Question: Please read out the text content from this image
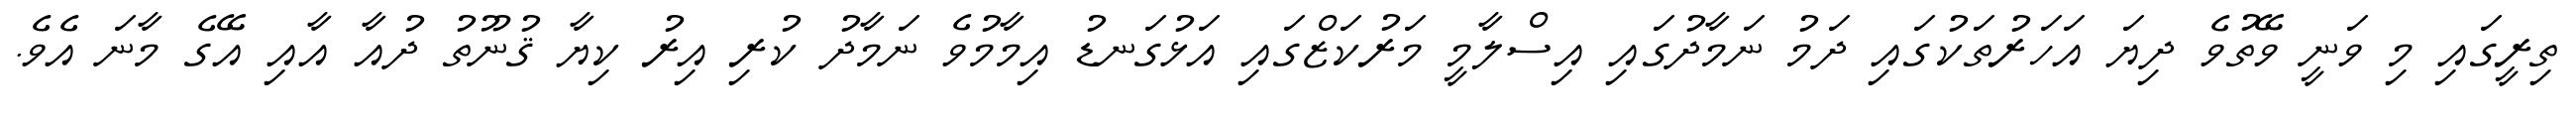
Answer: ތިރީގައި މި ވަނީ ވޭތުވެ ދިޔަ އަހަރުތަކުގައި ދަމު ނަމާދުގައި އިސްލާމީ މަރުކަޒްގައި އަޅުގަނޑު އިމާމުވެ ނަމާދު ކުރި އިރު ކިޔާ ޤުނޫތު ދުއާ އާއި އޭގެ މާނަ އެވެ.